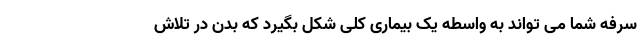
سرفه شما می تواند به واسطه یک بیماری کلی شکل بگیرد که بدن در تلاش